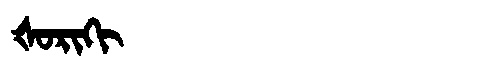
Manchu: ᡧᠣᡵᡳᡴᡳ
Romanization: ŠORIKI